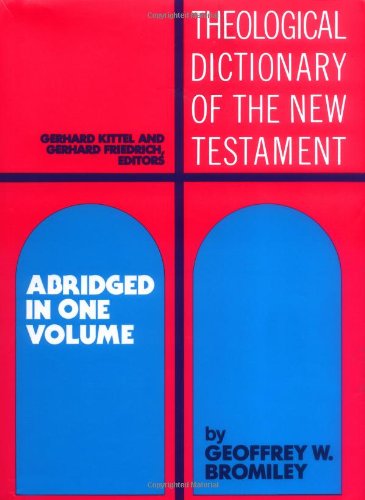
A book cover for Theological Dictionary of the New Testament: Abridged in One Volume; Reference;